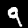
Digit: 9